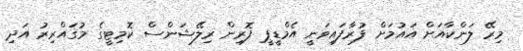
މިރޭ ލަންކާއަށް އައުމަށް ފުރާފައިވަނީ އެމްޑީޕީ ފޮރިން ރިލޭޝަންސް ކޮމިޓީގެ މުޤައްރިރު އަދި